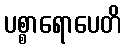
ပစ္စာရောပေတိ